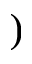
)